Leaving Certificate, 1899
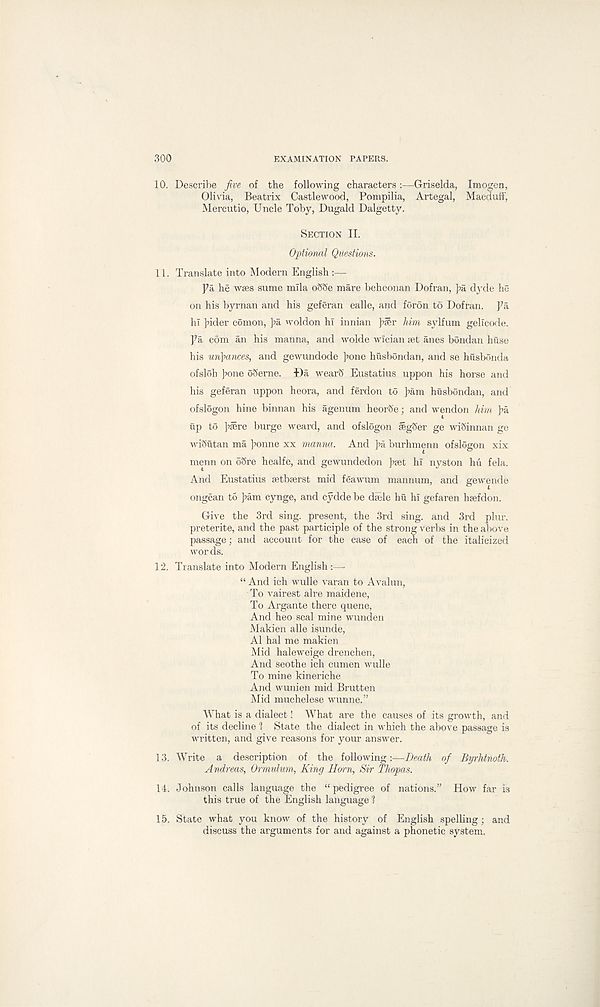
300
EXAMINATION PAPERS.
10. Describe five of the following characters:—Griselda, Imogen,
Olivia, Beatrix Castlewood, Pompilia, Artegal, Macduff,
Mercutio, Uncle Toby, Dugald Dalgetty.
SECTION II.
Optional Questions.
11. Translate into Modern English :—
fa he wees sume mlla oSSe mare beheonan Dofran, pa dyde he
on his byrnan and his geferan ealle, and foron to Dofran. Pa
hi pider comon, pa woldon hi innian pier him sylfum gelicode.
Pa com an his manna, and wolde wician set anes bondan huse
his un)>ances, and gewundode pone husbondan, and se husbonda
ofsloh pone oSerne. Da wearS Eustatius uppon his horse and
his geferan uppon heora, and ferdon to pam husbondan, and
ofslogon hine binnan his agenum heorSe; and wendon him pa
up to psere burge weard, and ofslogon segSer ge wiSinnan ge
wiSutan ma ponne xx manna. And pa burhmenn ofslogon xix
menn on oSre healfe, and gewundedon pset hi nyston hu fela.
And Eustatius setbserst mid feawum mannum, and gewende
ongean to pam cynge, and cydde be daile hu hi gefaren hsefdon.
Give the 3rd sing, present, the 3rd sing, and 3rd plur.
preterite, and the past participle of the strong verbs in the above
passage; and account for the case of each of the italicized
wor ds.
12. Translate into Modern English :—
“ And ich wulle varan to Avalun,
To vairest alre maidene,
To Argante there quene,
And heo seal mine wunden
Makien alle isunde,
A1 hal me makien
Mid haleweige drenchen,
And seothe ich cumen wulle
To mine kineriche
And wunien mid Brutten
Mid muchelese wunne.”
What is a dialect! What are the causes of its growth, and
of its decline 1 State the dialect in which the above passage is
written, and give reasons for your answer.
13. Write a description of the following:—Death of Byrhtnoth.
Andreas, Ormulum, King Horn, Sir Thopas.
14. Johnson calls language the “ pedigree of nations.” How far is
this true of the English language ?
15. State what you know of the history of English spelling; and
discuss the arguments for and against a phonetic system.